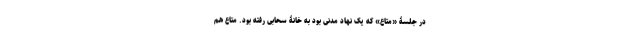
در جلسۀ «متاع» که یک نهاد مدنی بود به خانۀ سحابی رفته بود. متاع هم